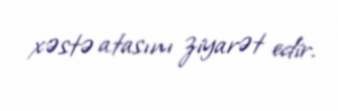
xəstə atasını ziyarət edir.